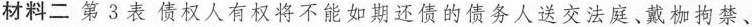
材料二第3表债权人有权将不能如期还债的债务人送交法庭、戴枷拘禁、